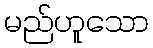
မည်ဟူသော